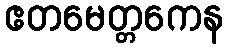
ဧတမေတ္တကေန